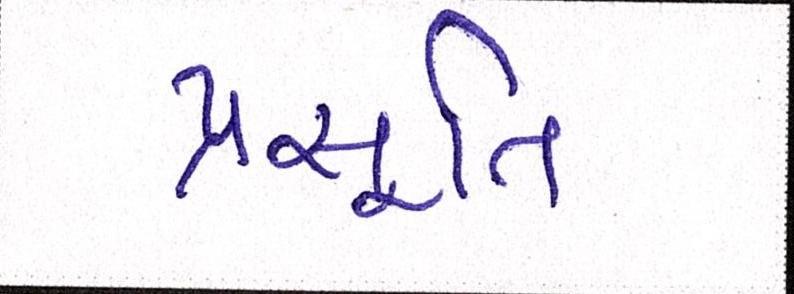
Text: પ્રસૂતિ